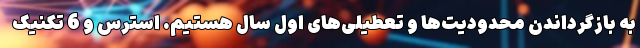
به بازگرداندن محدودیت‌ها و تعطیلی‌های اول سال هستیم. استرس و 6 تکنیک